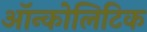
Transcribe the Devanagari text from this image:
ऑन्कोलिटिक